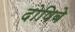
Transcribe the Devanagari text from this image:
दोषिबे